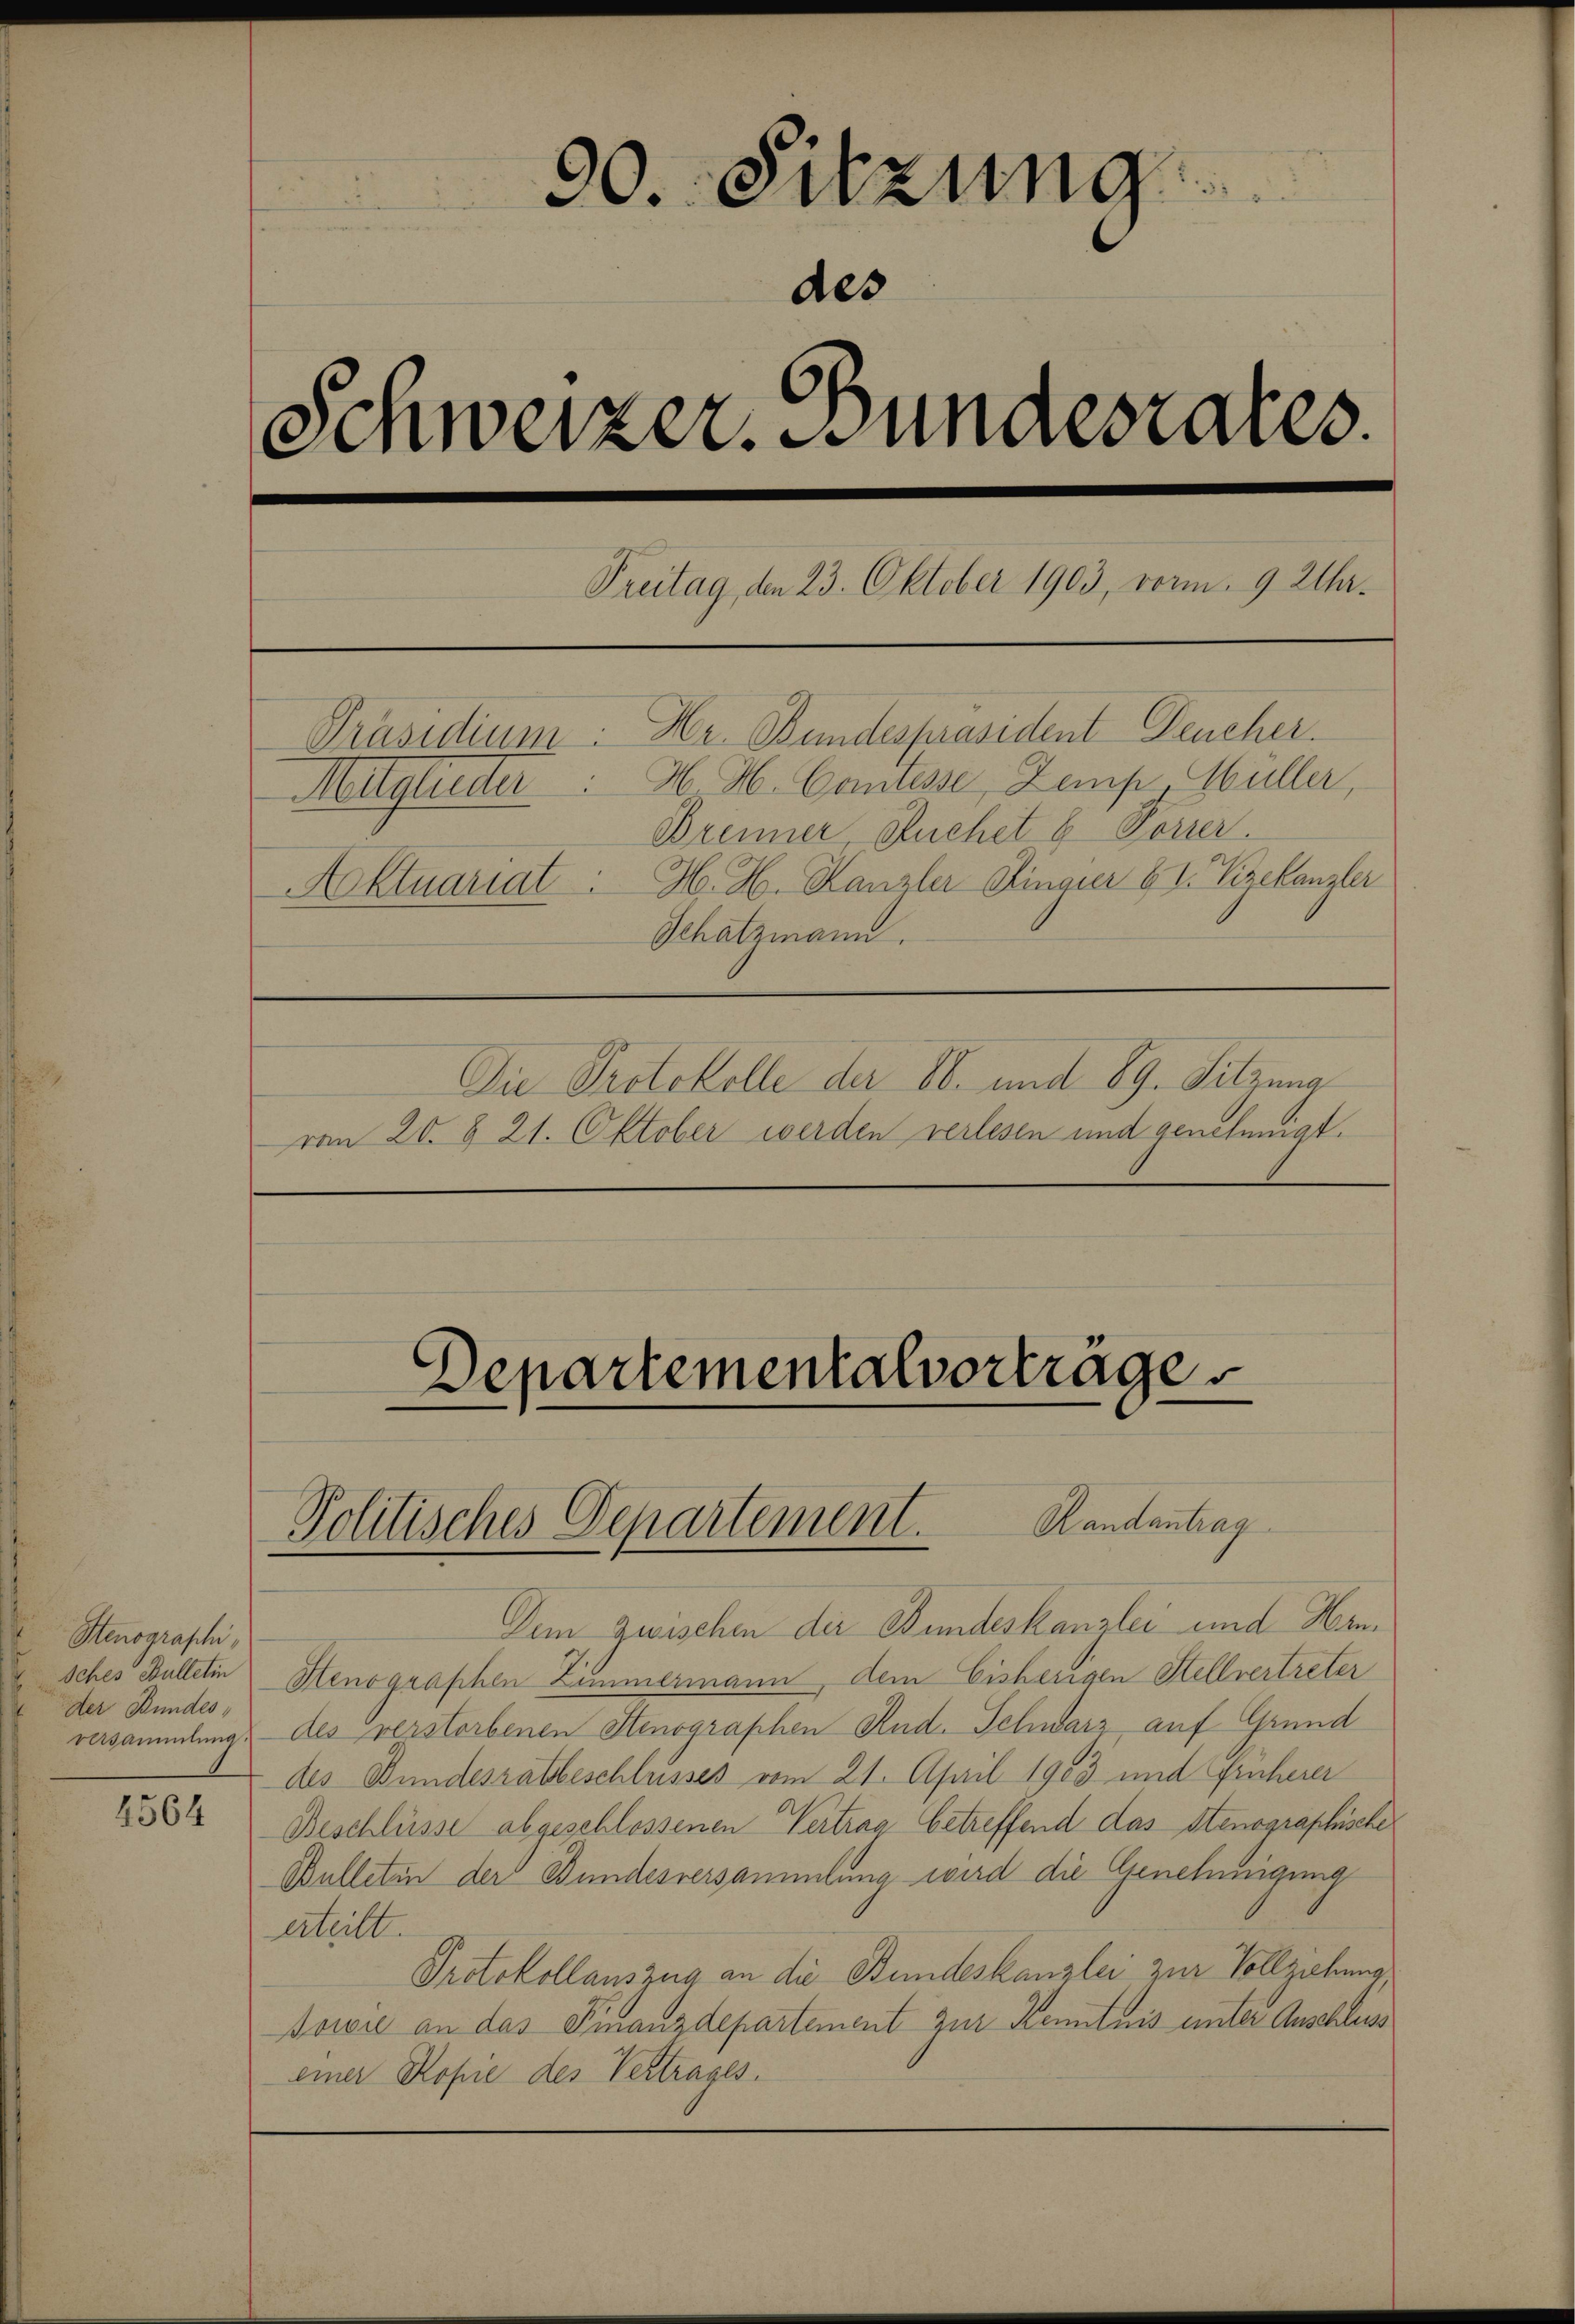
Stenographi
Iches Bulletin
der Bundes,
versammlung.

4564

90. Sitzung
Schweizer. Bundesrates.

Freitag, den 23. Oktober 1903, vorm. 9. Atha.
Präsidium: Hr. Bundespräsident Feucher.
Mitglieder: H. H. Cantesse, Zemp Müller,
Brenner, Suchet 8. Forrer.
Aktuariat. H. H. Kanzler Dinger 61. Vizekanzler
Schatzmann.
Die Protokolle der 80. und 89. Sitzung
vom 20. § 21. Oktober werden verlesen und genehmigt.

Dem zwischen der Bundeskanzlei und Han¬
Stenographen Zimmermann, dem Eisherigen Stellvertreter
des verstorbenen Stenographen Rud. Schwarz auf Grund
des Bundesratbeschlusses vom 21. April 1903 und früherer
Beschlüsse abgeschlossenen Vertrag betreffend das Stenographische
Bulletin der Bundesversammlung wird die Genehmigung
erteilt.
Protokollauszug an die Bundeskanzlei zur Vollziehung
Bowie an das Finanzdepartement zur Kenntnis unter Anschluss
einer Kopie des Vertrages.

des

Departementalvortrage

Randantrag
Politisches Departement.